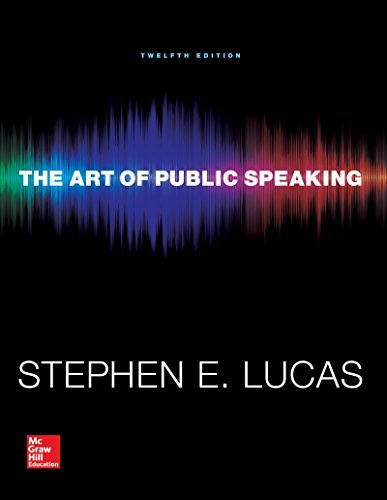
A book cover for The Art of Public Speaking; Stephen Lucas; Reference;